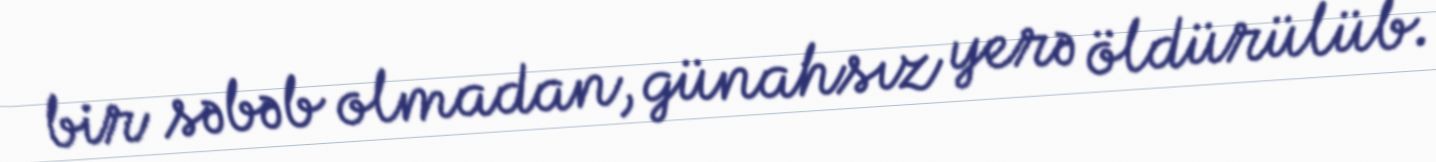
bir səbəb olmadan, günahsız yerə öldürülüb.